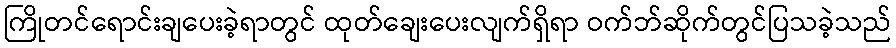
ကြိုတင်ရောင်းချပေးခဲ့ရာတွင် ထုတ်ချေးပေးလျက်ရှိရာ ဝက်ဘ်ဆိုက်တွင်ပြသခဲ့သည်